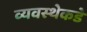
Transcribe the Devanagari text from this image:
व्यवस्थेकडे